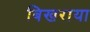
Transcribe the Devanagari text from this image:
बिखराया